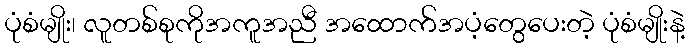
ပုံစံမျိုး၊ လူတစ်စုကိုအကူအညီ အထောက်အပံ့တွေပေးတဲ့ ပုံစံမျိုးနဲ့